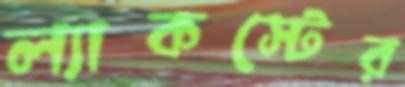
ল্যাকস্টের